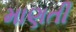
માણતી